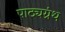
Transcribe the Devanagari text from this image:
पाठ्यग्रंथ